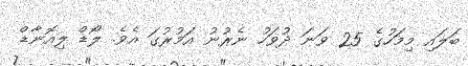
ބަލައި މިމަހުގެ 25 ވަނަ ދުވަހު ނެރުނު އަމުރުގަ އެވެ. ލޯޑް ލިއޮނާޑް